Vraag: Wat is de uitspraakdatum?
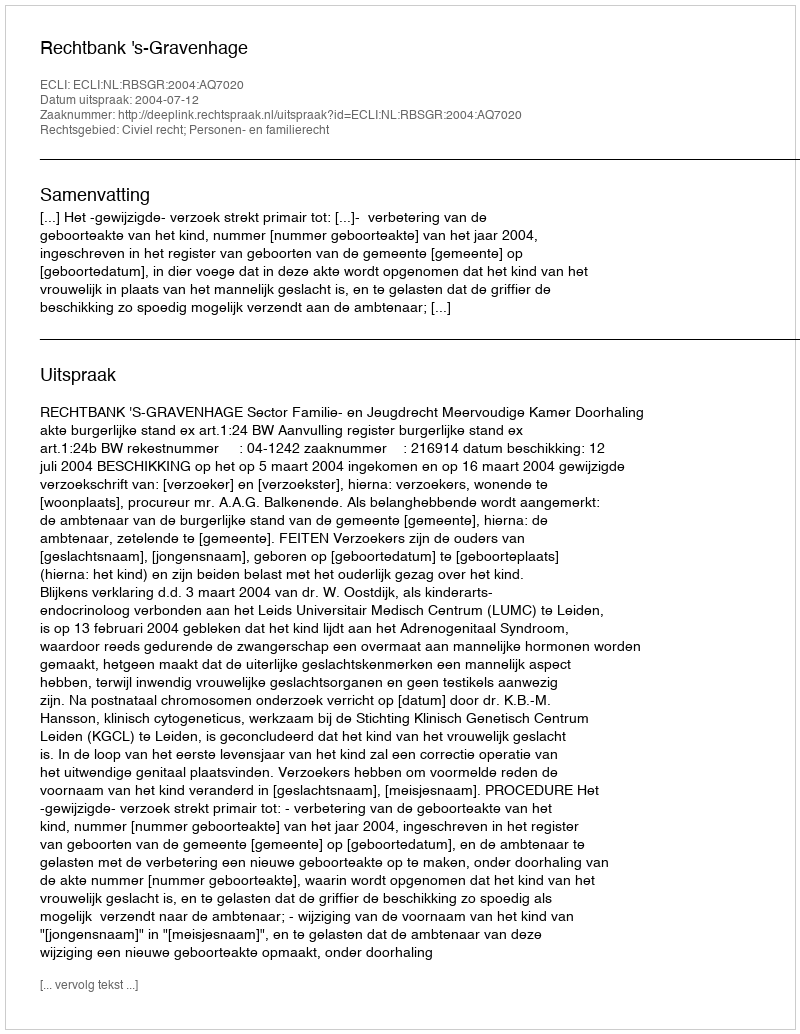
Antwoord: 2004-07-12